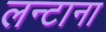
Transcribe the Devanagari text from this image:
लन्टाना